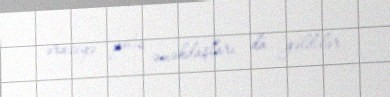
əraziyə polis əməkdaşları da gəldilər.